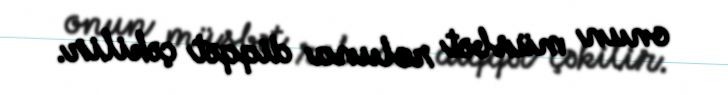
onun müsbət roluna diqqət çəkilir.